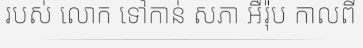
របស់ លោក ទៅកាន់ សភា អឺរ៉ុប កាលពី